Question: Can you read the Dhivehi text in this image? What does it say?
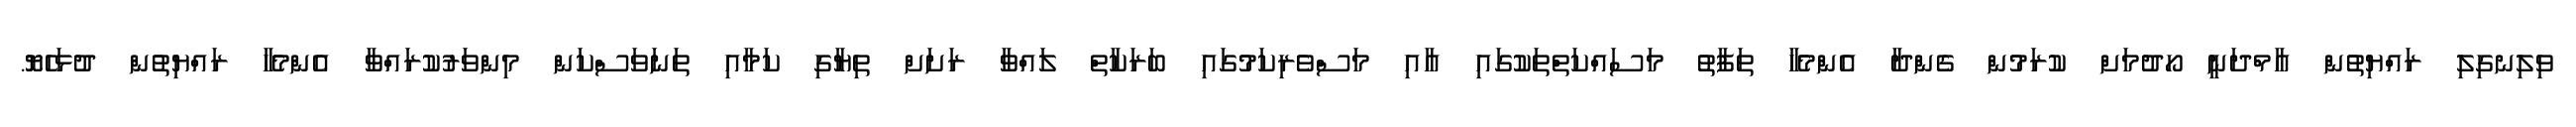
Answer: ވިލިނގިލި ރައްޔިތުން އާމްދަނީ ހޯދުމަށް ކުރަމުން ގެންދާ އެންމެހާ ތަފާތު މަސައްކަތްތަކުގައި އާއި މަސްވެރިކަމުގައި ބަރަކާތް ލައްވާ ރަށަށް ތިޔާގި ކަމާއި ތަނަވަސްކަން މިންވަރުކުރައްވާ އެންމެހާ ރައްޔިތުން ދުޅަހެޔޮ.